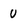
Character: U